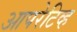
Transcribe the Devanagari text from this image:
आपरेटिव्ह